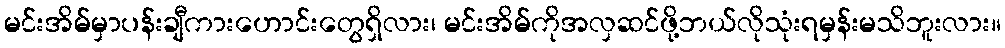
မင်းအိမ်မှာပန်းချီကားဟောင်းတွေရှိလား၊ မင်းအိမ်ကိုအလှဆင်ဖို့ဘယ်လိုသုံးရမှန်းမသိဘူးလား။